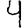
Digit: 4